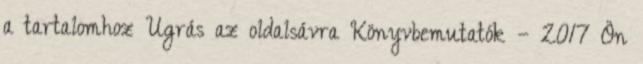
a tartalomhoz Ugrás az oldalsávra Könyvbemutatók – 2017 Ön